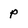
Character: p